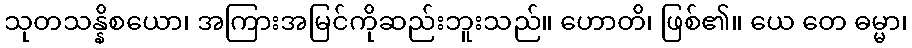
သုတသန္နိစယော၊ အကြားအမြင်ကိုဆည်းဘူးသည်။ ဟောတိ၊ ဖြစ်၏။ ယေ တေ ဓမ္မာ၊